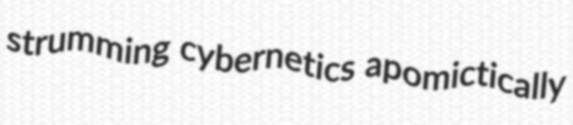
strumming cybernetics apomictically